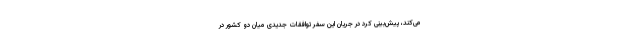
می‌کند، پیش‌بینی کرد در جریان این سفر توافقات جدیدی میان دو کشور در